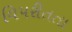
વિપરીતતા